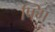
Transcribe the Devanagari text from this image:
फ्गि